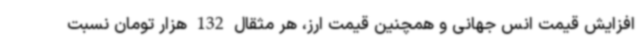
افزایش قیمت انس جهانی و همچنین قیمت ارز، هر مثقال 132 هزار تومان نسبت